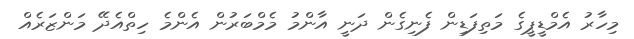
މިހާރު އެމްޑީޕީގެ މަތިފަޑިން ފެނިގެން ދަނީ އާންމު މެމްބަރުން އެންމެ ހިތްއެދޭ މަންޒަރެއް